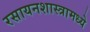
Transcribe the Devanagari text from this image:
रसायनशास्त्रामध्ये